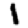
Digit: 1